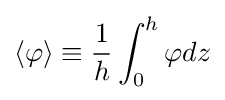
\langle \varphi \rangle \equiv {\frac {1}{h}}\int _{0}^{h}\varphi dz